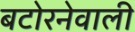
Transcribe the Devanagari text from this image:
बटोरनेवाली